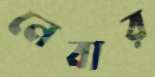
নেবার